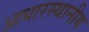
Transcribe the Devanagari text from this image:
आधारस्थानीय